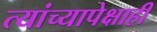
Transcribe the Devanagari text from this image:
त्यांच्यापेक्षाही